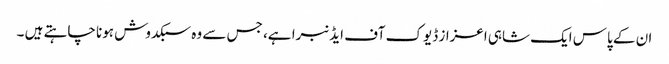
ان کے پاس ایک شاہی اعزاز ڈیوک آف ایڈنبرا ہے، جس سے وہ سبکدوش ہونا چاہتے ہیں ۔